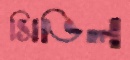
সিভিল